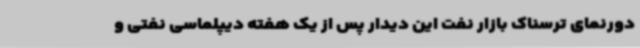
دورنمای ترسناک بازار نفت این دیدار پس از یک هفته دیپلماسی نفتی و